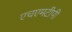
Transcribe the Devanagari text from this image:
एचएमटीपी